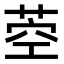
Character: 𦱇